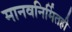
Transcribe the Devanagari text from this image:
मानवनिर्मितही